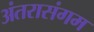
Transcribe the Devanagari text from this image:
अंतरासंगम